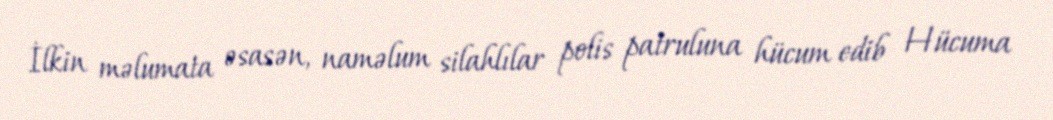
İlkin məlumata əsasən, naməlum silahlılar polis patruluna hücum edib Hücuma